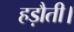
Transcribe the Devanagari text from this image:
हड़ौती।